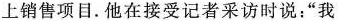
上销售项目. 他在接受记者采访时说：“我